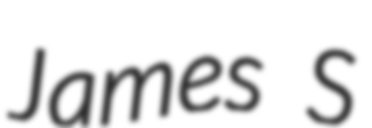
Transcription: James S